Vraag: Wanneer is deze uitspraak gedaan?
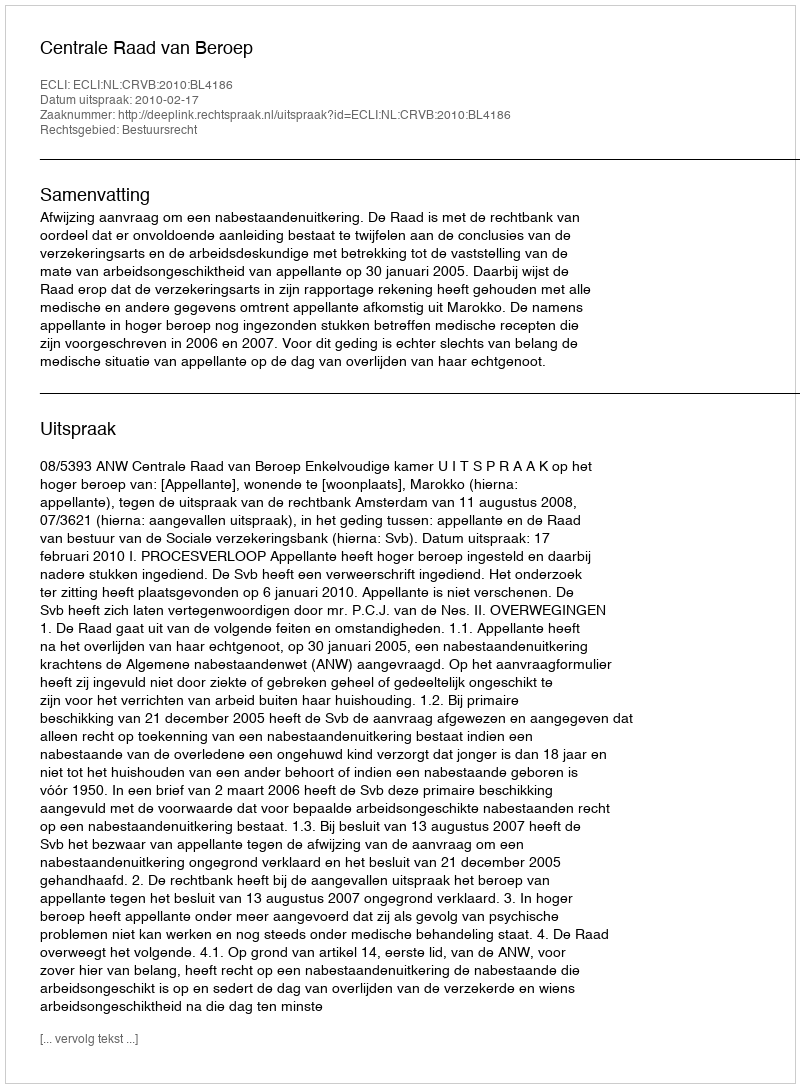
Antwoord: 2010-02-17